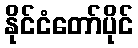
နိုင်ငံတော်ပိုင်